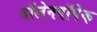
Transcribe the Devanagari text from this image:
वॉलेनपॉपेक